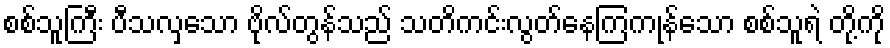
စစ်သူကြီး ပီသလှသော ဗိုလ်တွန်သည် သတိကင်းလွတ်နေကြကုန်သော စစ်သူရဲ တို့ကို